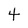
Character: 4